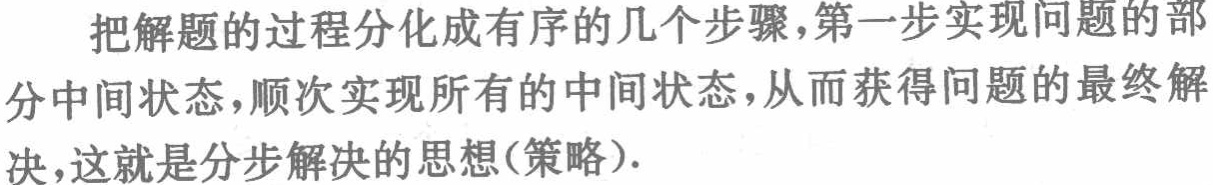
把解题的过程分化成有序的几个步骤,第一步实现问题的部分中间状态,顺次实现所有的中间状态,从而获得问题的最终解决,这就是分步解决的思想(策略).